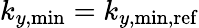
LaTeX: k_{y,\mathrm{min}}=k_{y,\mathrm{min,ref}}